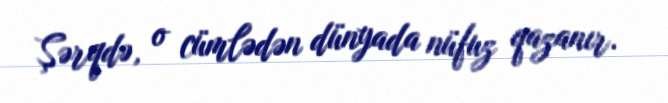
Şərqdə, o cümlədən dünyada nüfuz qazanır.